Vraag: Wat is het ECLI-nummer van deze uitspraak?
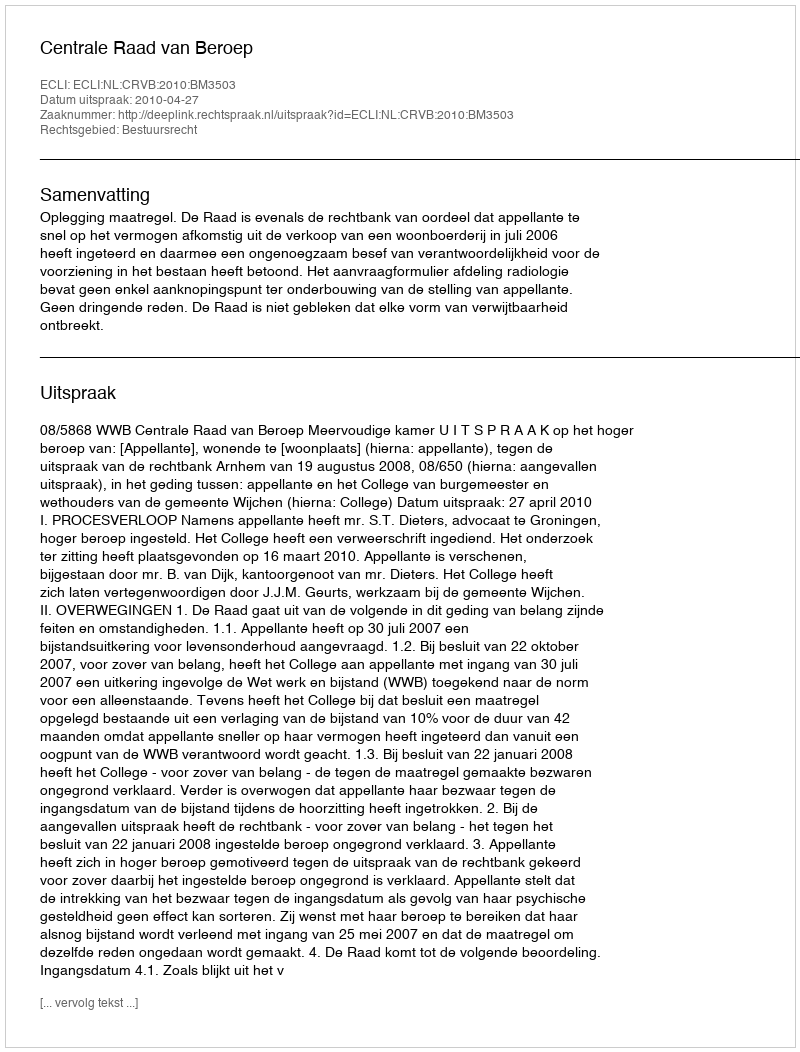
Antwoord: ECLI:NL:CRVB:2010:BM3503